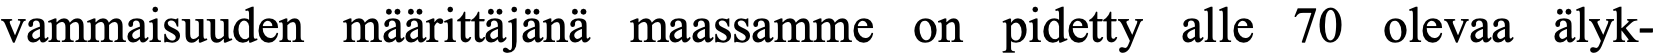
vammaisuuden määrittäjänä maassamme on pidetty alle 70 olevaa älyk-